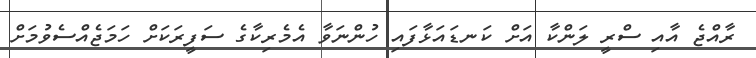
ރާއްޖެ އާއި ސްރީ ލަންކާ އަށް ކަނޑައަޅާފައި ހުންނަވާ އެމެރިކާގެ ސަފީރަކަށް ހަމަޖެއްސެވުމަށް